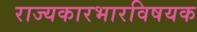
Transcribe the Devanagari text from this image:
राज्यकारभारविषयक